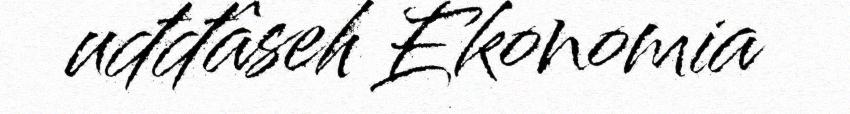
uđđâseh Ekonomia